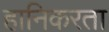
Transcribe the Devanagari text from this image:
हानिकरता